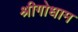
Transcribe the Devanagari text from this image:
श्रीगोधाम